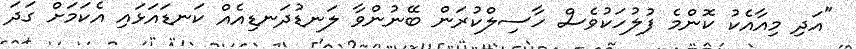
"އަދި މިއާއެކު ކޮންމެ ފުލުހަކުވެސް ހާސިލްކުރަން ބޭނުންވާ ލަނޑުދަނޑިއެއް ކަނޑައަޅައި އެކަމަށް ގަދަ